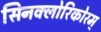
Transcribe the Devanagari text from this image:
सिनक्लोरिकोरम्